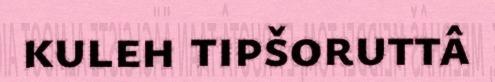
kuleh tipšoruttâ